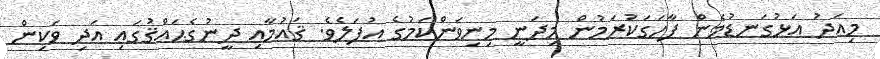
މިއަދު އަޅުގަނޑުމެން ފާހަގަކުރަމުން މިދަނީ މިނިވަންކަމުގެ އުފަލެވެ. ޤައުމާއި ދީނުގެޙައްޤުގައި އަދި ވަކިން